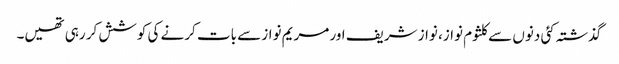
گذشتہ کئی دنوں سے کلثوم نواز، نواز شریف اور مریم نواز سے بات کرنے کی کوشش کر رہی تھیں۔